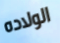
الولاده